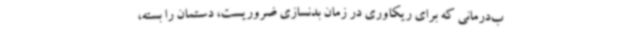
ب‌درمانی که برای ریکاوری در زمان بدنسازی ضروریست، دستمان را بسته،